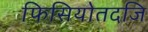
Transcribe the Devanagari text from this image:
फिसियोतदजि